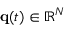
{ \bf q } ( t ) \in \mathbb { R } ^ { N }